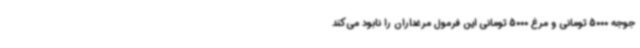
جوجه 5000 تومانی و مرغ 5000 تومانی این فرمول مرغداران را نابود می‌کند